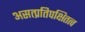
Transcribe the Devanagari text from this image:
असत्प्रतिपक्षितत्व